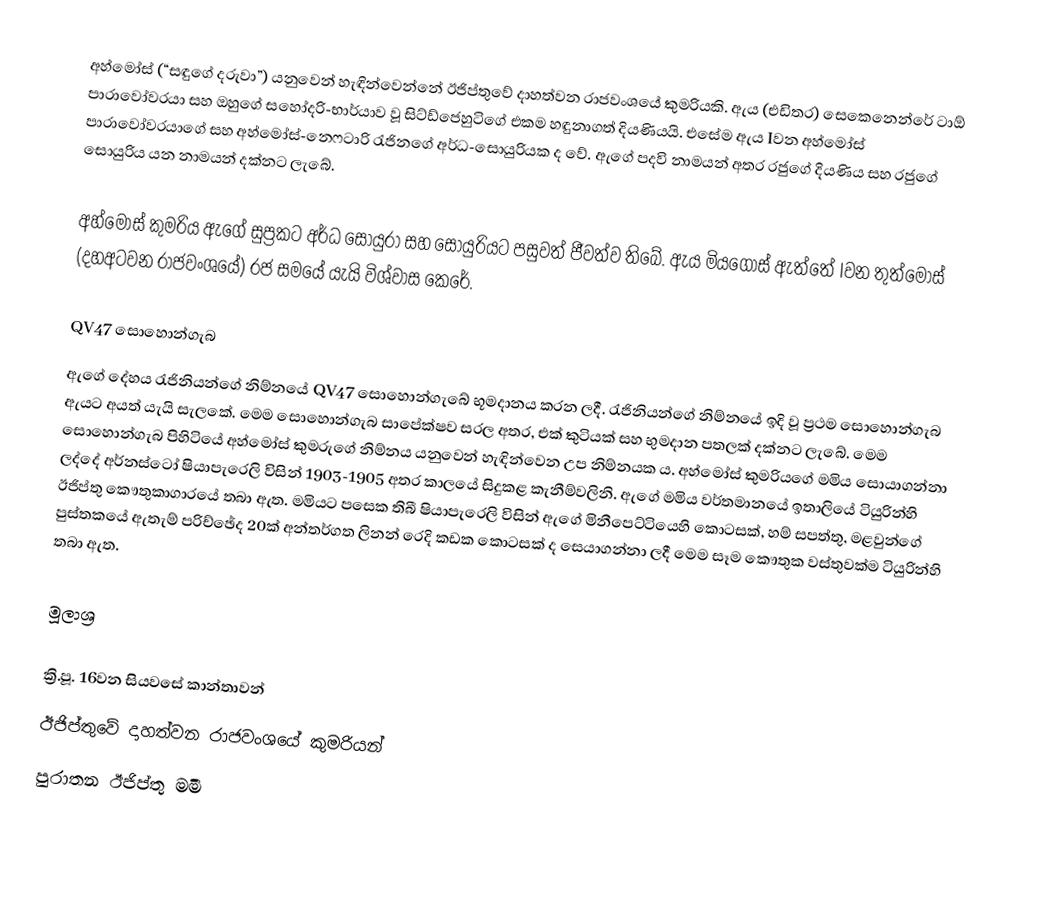
අහ්මෝස් (“සඳුගේ දරුවා”) යනුවෙන් හැඳින්වෙන්නේ ඊජිප්තුවේ දාහත්වන රාජවංශයේ කුමරියකි. ඇය (එඩිතර) සෙකෙනෙන්රේ ටාඕ පාරාවෝවරයා සහ ඔහුගේ සහෝදරි-භාර්යාව වූ සිට්ඩ්ජෙහුටිගේ එකම හඳුනාගත් දියණියයි. එසේම ඇය Iවන අහ්මෝස් පාරාවෝවරයාගේ සහ අහ්මෝස්-නෙෆටාරි රැජිනගේ අර්ධ-සොයුරියක ද වේ. ඇගේ පදවි නාමයන් අතර රජුගේ දියණිය සහ රජුගේ සොයුරිය යන නාමයන් දක්නට ලැබේ.

අහ්මෝස් කුමරිය ඇගේ සුප්‍රකට අර්ධ සොයුරා සහ සොයුරියට පසුවත් ජීවත්ව තිබේ. ඇය මියගොස් ඇත්තේ Iවන තුත්මෝස් (දහඅටවන රාජවංශයේ) රජ සමයේ යැයි විශ්වාස කෙරේ.

QV47 සොහොන්ගැබ
ඇගේ දේහය රැජිනියන්ගේ නිම්නයේ QV47 සොහොන්ගැබේ භූමදානය කරන ලදී. රැජිනියන්ගේ නිම්නයේ ඉදි වූ ප්‍රථම සොහොන්ගැබ ඇයට අයත් යැයි සැලකේ. මෙම සොහොන්ගැබ සාපේක්ෂව සරල අතර, එක් කුටියක් සහ භුමදාන පතලක් දක්නට ලැබේ. මෙම සොහොන්ගැබ පිහිටියේ අහ්මෝස් කුමරුගේ නිම්නය යනුවෙන් හැඳින්වෙන උප නිම්නයක ය. අහ්මෝස් කුමරියගේ මමිය සොයාගන්නා ලද්දේ අර්නස්ටෝ ෂියාපැරෙලි විසින් 1903-1905 අතර කාලයේ සිදුකළ කැනීම්වලිනි. ඇගේ මමිය වර්තමානයේ ඉතාලියේ ටියුරින්හි ඊජිප්තු කෞතුකාගාරයේ තබා ඇත. මමියට පසෙක තිබී ෂියාපැරෙලි විසින් ඇගේ මිනීපෙට්ටියෙහි කොටසක්, හම් සපත්තු, මළවුන්ගේ පුස්තකයේ ඇතැම් පරිච්ඡේද 20ක් අන්තර්ගත ලිනන් රෙදි කඩක කොටසක් ද සෙයාගන්නා ලදී මෙම සෑම කෞතුක වස්තුවක්ම ටියුරින්හි තබා ඇත.

මූලාශ්‍ර

ක්‍රි.පූ. 16වන සියවසේ කාන්තාවන්
ඊජිප්තුවේ දාහත්වන රාජවංශයේ කුමරියන්
පුරාතන ඊජිප්තු මමී